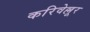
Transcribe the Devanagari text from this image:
करिवेल्लूर